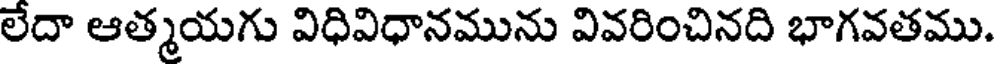
లేదా ఆత్మయగు విధివిధానమును వివరించినది భాగవతము.